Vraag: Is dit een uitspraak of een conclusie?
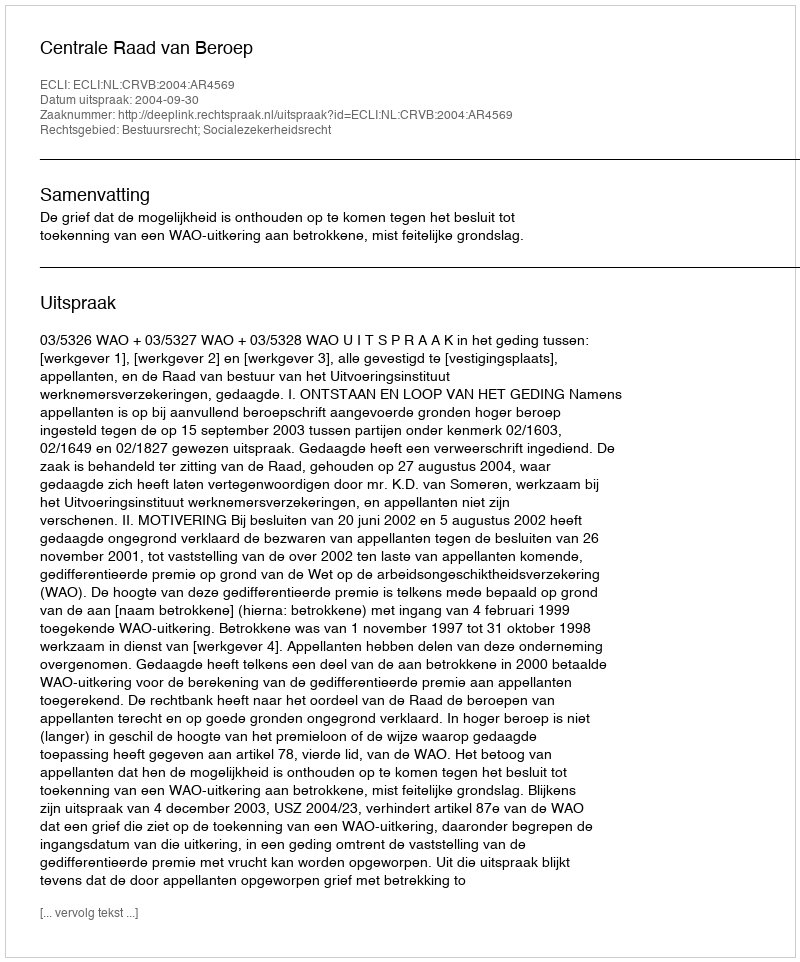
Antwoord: Uitspraak